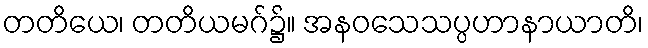
တတိယေ၊ တတိယမဂ်၌။ အနဝသေသပ္ပဟာနာယာတိ၊